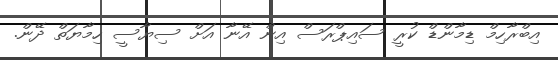
އިބްރާހިމް ޑިމާންޑް ކުރީ ސައިޕްރަސް އިން އޭނާ އަށް ސިޔާސީ ހިމާޔަތް ދޭން.